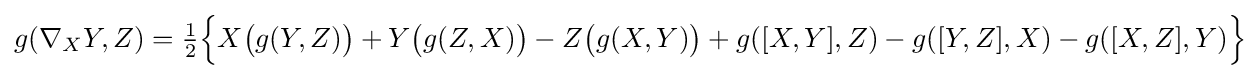
g(\nabla _{X}Y,Z)={\tfrac {1}{2}}{\Big \{}X{\bigl (}g(Y,Z){\bigr )}+Y{\bigl (}g(Z,X){\bigr )}-Z{\bigl (}g(X,Y){\bigr )}+g([X,Y],Z)-g([Y,Z],X)-g([X,Z],Y){\Big \}}